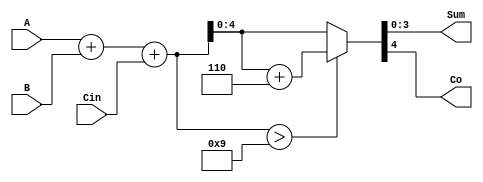
module adder(A, B, Cin, Sum, Co);
	input [3:0]A,B;
	output [3:0]Sum;
	input Cin;
	output Co;
	
	//reg [3:0]Sum;
	//reg Co;
	// reg [4:0]Temp;
	
	assign {Co, Sum} = (A + B + Cin) > 9 ?
									A + B + Cin + 6: A + B + Cin;
									
/*		
	always@(A or B or Cin) begin   /// *
		// Temp <= A + B + Cin;
		
		if((A + B + Cin) > 9)
			{Co, Sum} <= A + B + Cin + 6;
		else
			{Co, Sum} = A + B + Cin;
	end
	
//	always@(A or B or Cin) begin   /// *
//		Temp <= A + B + Cin;
//		
//		if(Temp > 9)
//			{Co, Sum} <= Temp + 6;
//		else
//			{Co, Sum} = Temp;
//	end
//	
	
	
	
//	wire [4:0]Temp;
//
//	assign Temp = A + B + Cin;
//	
//	assign {Co, Sum} = (Temp  > 9) ? (Temp + 6) :  Temp ;
	
	
//	
//	if (Sum < 4'b1001) begin
//		assign Sum;
//		assign Co = 4'b0000;
//	end
//	else begin
//		assign Sum += 4'b0110;
//		assign Co += 4'b0001;
//	end
	*/	 
	
endmodule